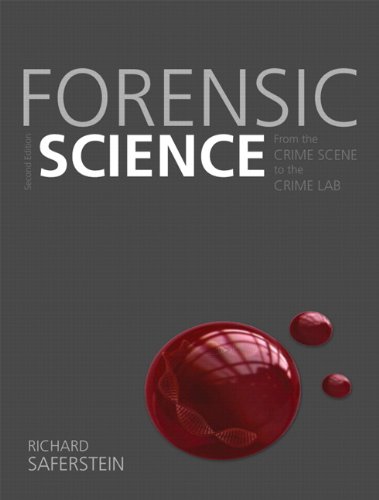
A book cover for Forensic Science: From the Crime Scene to the Crime Lab (2nd Edition); Richard Saferstein; Law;